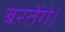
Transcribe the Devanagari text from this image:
बरतेंगे।